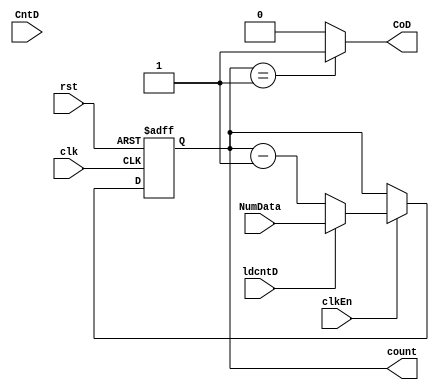
module DataTrans_Cnt(input clk , clkEn, rst, ldcntD, CntD, input [3:0] NumData,
			output CoD, output reg [3:0] count);
	always@(posedge clk, posedge rst)begin
		if (rst)
			count <= 4'b1111;
		else if(clkEn)
			if(ldcntD)
				count <= NumData;
			else
				count = count - 1'b1;
	end
	assign CoD = (count == 4'b0001) ? 1'b1 : 1'b0;
endmodule